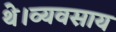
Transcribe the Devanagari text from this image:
थे।व्यवसाय